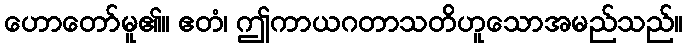
ဟောတော်မူ၏။ ဧတံ၊ ဤကာယဂတာသတိဟူသောအမည်သည်။